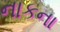
નાકના